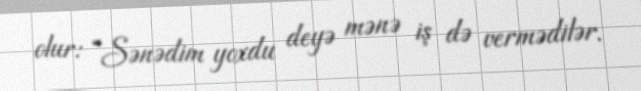
olur: “Sənədim yoxdu deyə mənə iş də vermədilər.